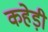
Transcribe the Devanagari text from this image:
कहेड़ी